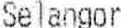
SELANGOR